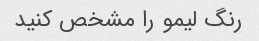
رنگ لیمو را مشخص کنید